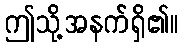
ဤသို့အနက်ရှိ၏။